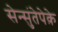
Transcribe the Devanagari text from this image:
सेन्सुंतेपेक़े